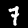
Label: 7